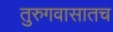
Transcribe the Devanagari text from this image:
तुरुगवासातच